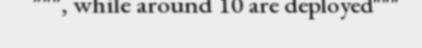
""", while around 10 are deployed"""